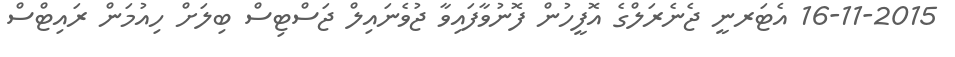
16-11-2015 އެޓަރނީ ޖެނެރަލްގެ އޮފީހުން ފޮނުވާފައިވާ ޖުވެނައިލް ޖަސްޓިސް ބިލަށް ހިއުމަން ރައިޓްސް